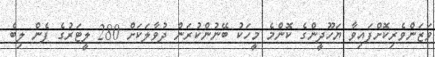
ވަޒަންވެރިކޮށްފައިވާ ޔަހޫދީންގެ ކޮންމެ މީހަކު ބޭނުންކުރަން ދުވާލަކަށް 280 ލީޓަރުގެ ފެން ލިބެ